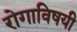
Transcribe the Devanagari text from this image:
रोगाविषयी